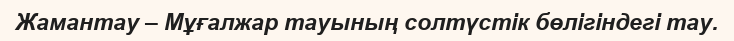
Жамантау – Мұғалжар тауының солтүстік бөлігіндегі тау.